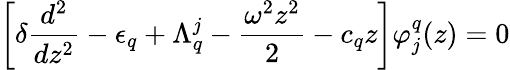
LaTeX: \left[\delta\frac{d^{2}}{dz^{2}}-\epsilon_{q}+\Lambda_{q}^{j}-\frac{\omega^{2}z^{2}}{2}-c_{q}z\right]\varphi_{j}^{q}(z)=0